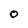
Character: O